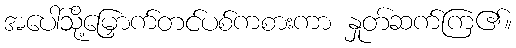
အပေါ်သို့မြှောက်တင်ပစ်ကစားကာ နှုတ်ဆက်ကြ၏။